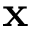
\textbf { x }